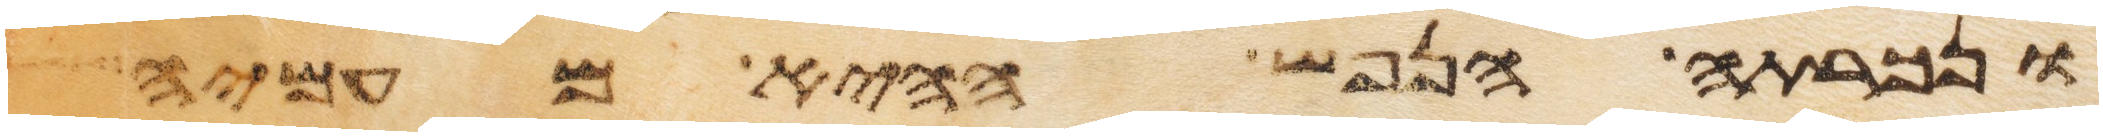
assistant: ונכרתה הנפש ההיא מעמיה